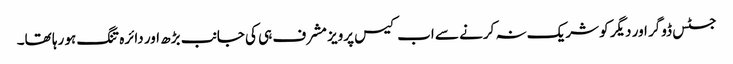
جسٹس ڈوگر اور دیگر کو شریک نہ کرنے سے اب کیس پرویز مشرف ہی کی جانب بڑھ اور دائرہ تنگ ہو رہا تھا۔